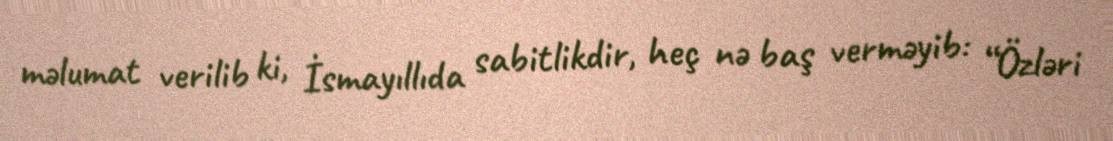
məlumat verilib ki, İsmayıllıda sabitlikdir, heç nə baş verməyib: “Özləri